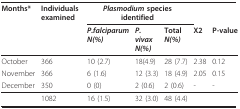
<table><thead><tr><td><b>Months*</b></td><td><b>Individuals examined</b></td><td colspan="3"><b><i>Plasmodium </i>species identified</b></td><td></td><td></td></tr><tr><td></td><td></td><td><b><i>P.falciparum</i><i>N(%)</i></b></td><td><b><i>P.vivax N(%)</i></b></td><td><b>Total <i>N(%)</i></b></td><td><b>X2</b></td><td><b>P-value</b></td></tr></thead><tbody><tr><td>October</td><td>366</td><td>10 (2.7)</td><td>18(4.9)</td><td>28 (7.7)</td><td>2.38</td><td>0.12</td></tr><tr><td>November</td><td>366</td><td>6 (1.6)</td><td>12 (3.3)</td><td>18 (4.9)</td><td>2.05</td><td>0.15</td></tr><tr><td>December</td><td>350</td><td>0 (0)</td><td>2 (0.6)</td><td>2 (0.6)</td><td>-</td><td>-</td></tr><tr><td></td><td>1082</td><td>16 (1.5)</td><td>32 (3.0)</td><td>48 (4.4)</td><td></td><td></td></tr></tbody></table>